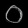
Digit: ၀